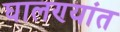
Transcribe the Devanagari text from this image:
घालण्यांत